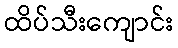
ထိပ်သီးကျောင်း